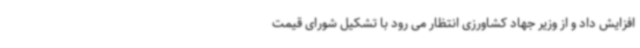
افزایش داد و از وزیر جهاد کشاورزی انتظار می رود با تشکیل شورای قیمت